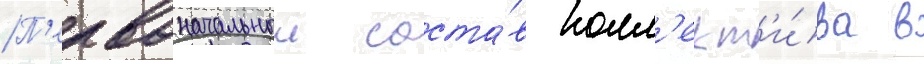
П'ервоначальныи соста́в колл'ект'и́ва в